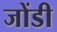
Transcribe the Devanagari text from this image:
जोंडी